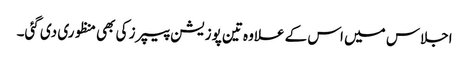
اجلاس میں اس کے علاوہ تین پوزیشن پیپرز کی بھی منظوری دی گئی۔